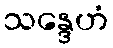
သန္ဒေဟံ